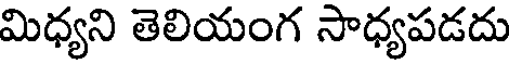
మిధ్యని తెలియంగ సాధ్యపడదు